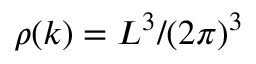
\rho ( k ) = L ^ { 3 } / ( 2 \pi ) ^ { 3 }